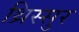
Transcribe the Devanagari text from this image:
थ्रिस्सुर